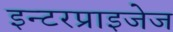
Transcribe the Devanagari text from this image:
इन्टरप्राइजेज